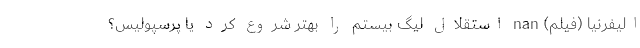
الیفرنیا (فیلم) nan استقلال لیگ بیستم را بهتر شروع کرد یا پرسپولیس؟